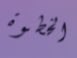
الخطوة